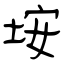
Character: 垵